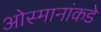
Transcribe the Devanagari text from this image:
ओस्मानांकडे